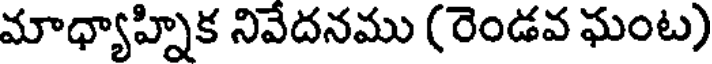
మాధ్యాహ్నిక నివేదనము (రెండవ ఘంట)